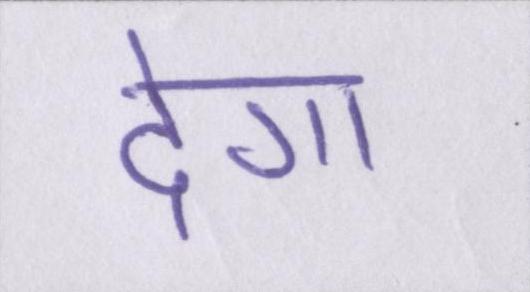
देगा